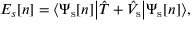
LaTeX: E _ { s } [ n ] = { \big \langle } \Psi _ { \mathrm { s } } [ n ] { \big | } { \hat { T } } + { \hat { V } } _ { \mathrm { s } } { \big | } \Psi _ { \mathrm { s } } [ n ] { \big \rangle } ,